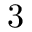
3